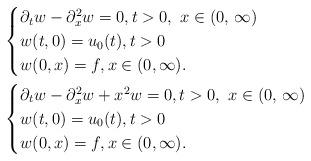
LaTeX: \begin{align*}&\begin{cases}\partial_t w -\partial_x^2 w = 0 , t>0,\ x \in (0, \, \infty) \\w(t, 0)=u_0(t) , t>0 \\w(0, x)=f, x\in (0, \infty).\end{cases}\\&\begin{cases}\partial_t w -\partial_x^2 w +x^2 w = 0 , t>0,\ x \in (0, \, \infty) \\w(t, 0)=u_0(t) , t>0 \\w(0, x)=f, x\in (0, \infty).\end{cases}\end{align*}